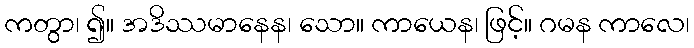
ကတွာ၊ ၍။ အဒိဿမာနေန၊ သော။ ကာယေန၊ ဖြင့်။ ဂမန ကာလေ၊